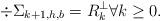
LaTeX: \begin{align*} \div \Sigma_{k+1,h,b} = R^{\perp}_k \forall k \geq 0.\end{align*}